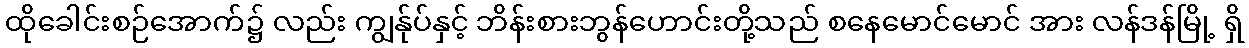
ထိုခေါင်းစဉ်အောက်၌ လည်း ကျွန်ုပ်နှင့် ဘိန်းစားဘွန်ဟောင်းတို့သည် စနေမောင်မောင် အား လန်ဒန်မြို့ ရှိ